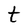
Character: t